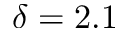
\delta = 2 . 1